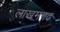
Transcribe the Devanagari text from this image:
लाखमगढ